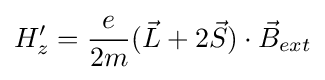
H_{z}^{\prime }={\frac {e}{2m}}({\vec {L}}+2{\vec {S}})\cdot {\vec {B}}_{ext}